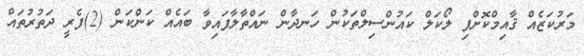
މަރުކަޒެއް ޤާއިމްކޮށްފި ލޯކަލް ކައުންސިލްތަކުން ހަނދާން ނައްތާލާފައިވާ ބައެއް ކަންކަން (2)ފެރީ ދަތުރުތައް